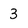
Character: 3